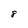
Character: 8